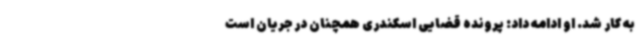
به کار شد. او ادامه داد: پرونده قضایی اسکندری همچنان در جریان است